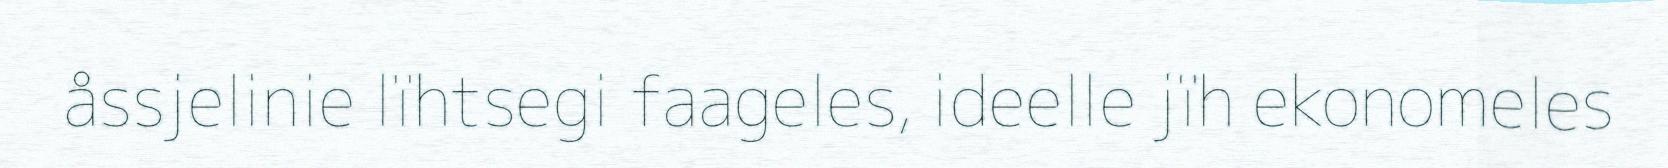
åssjelinie lïhtsegi faageles, ideelle jïh ekonomeles